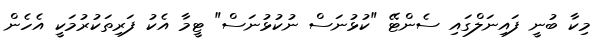
މިކާ ބުނީ ފައިނަލްގައި ސެންޓޭ "ކުޅުނަސް ނުކުޅުނަސް" ޓީމާ އެކު ފަރިތަކުރުމަކީ އެހެން